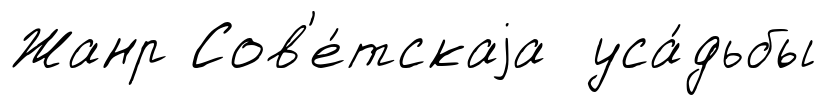
Жанр Сов'е́тскаjа уса́дьбы